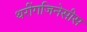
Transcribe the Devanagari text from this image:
थरींगजिनेसीस